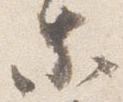
等